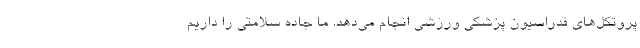
پروتکل‌های فدراسیون پزشکی ورزشی انجام می‌دهد. ما جاده سلامتی را داریم